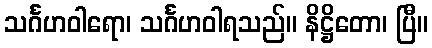
သင်္ဂဟဝါရော၊ သင်္ဂဟဝါရသည်။ နိဋ္ဌိတော၊ ပြီ။